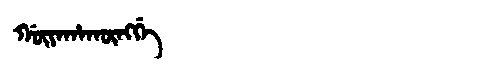
Manchu: ᡤᡡᠶᠠᡥᠠᡴᡡᠩᡤᡝ
Romanization: GŪYAHAKŪNGGE